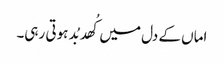
اماں کے دل میں کُھد بُد ہوتی رہی۔